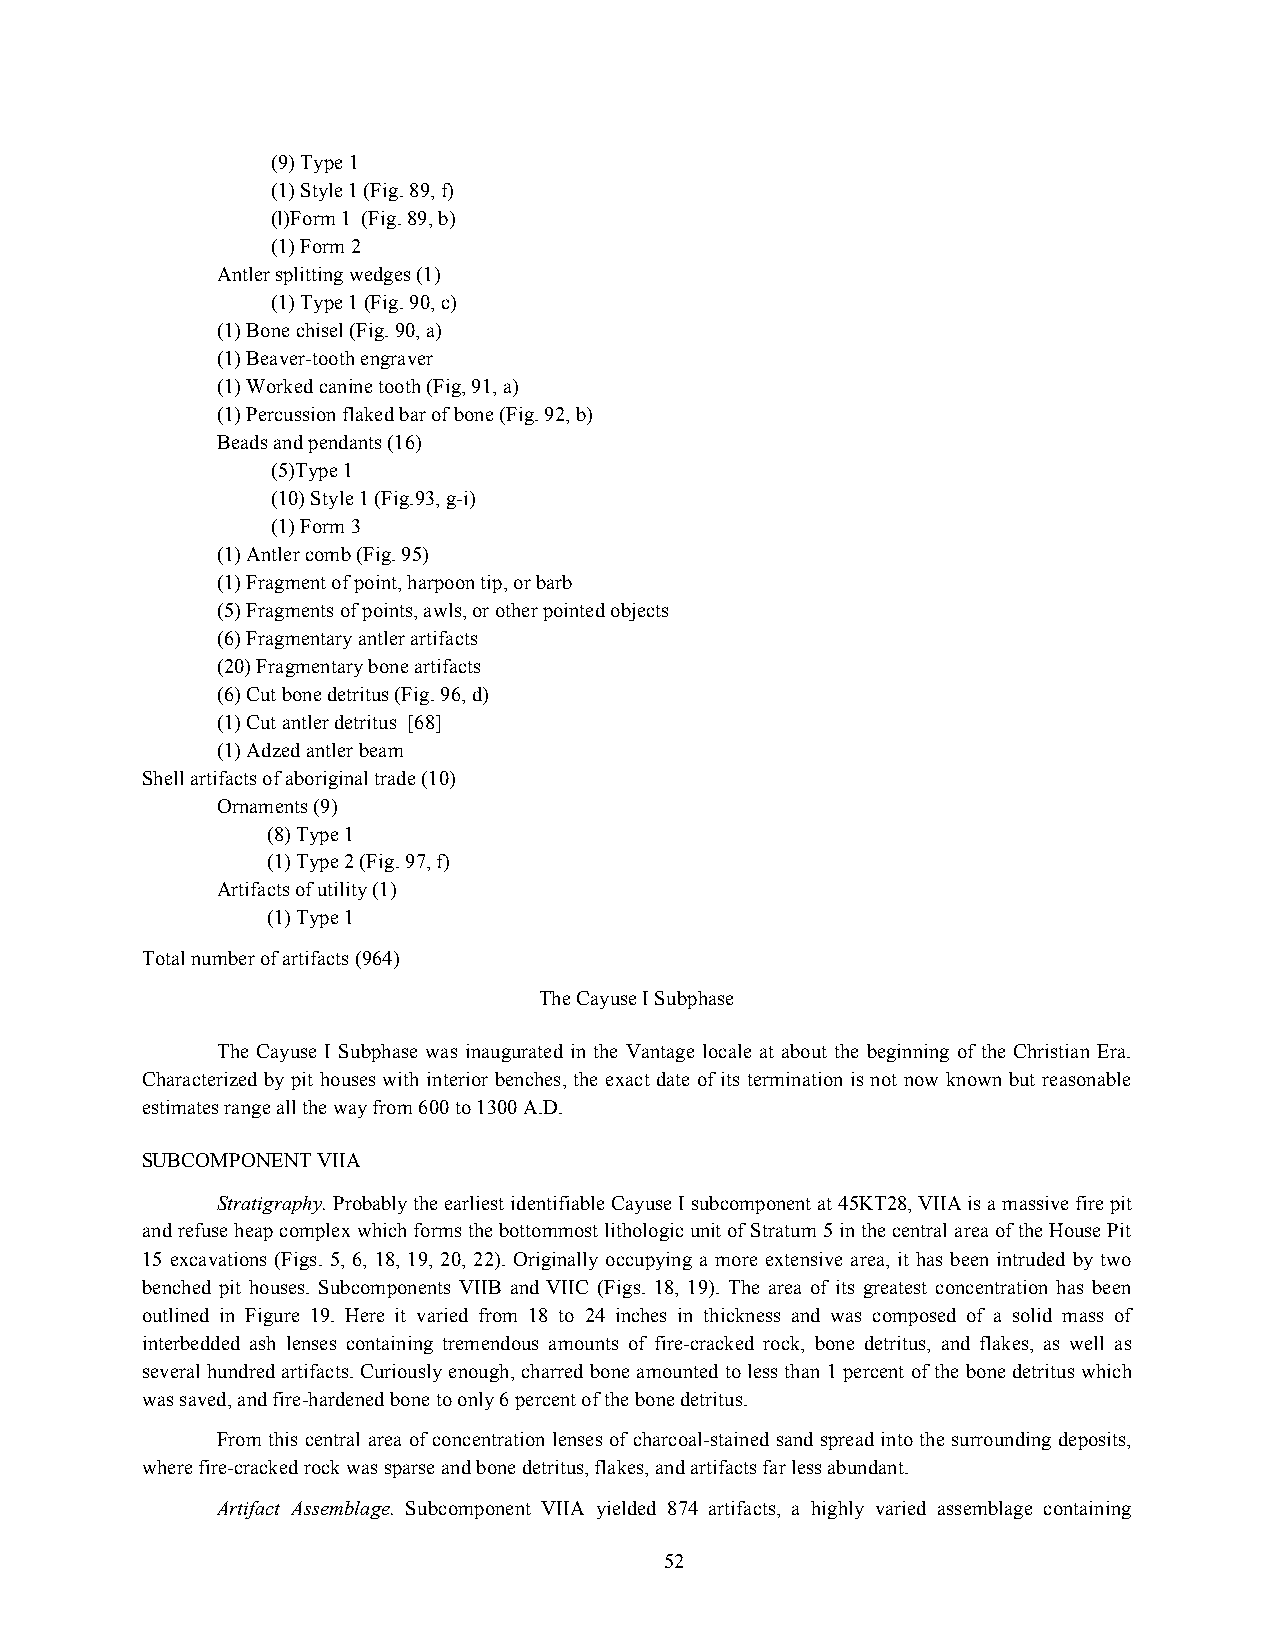
(9) Type 1
 (1) Style 1 (Fig. 89, f)
 (l)Form 1 (Fig. 89, b)
 (1) Form 2
 Antler splitting wedges (1)
 (1) Type 1 (Fig. 90, c)
 (1) Bone chisel (Fig. 90, a)
 (1) Beaver-tooth engraver
 (1) Worked canine tooth (Fig, 91, a)
 (1) Percussion flaked bar of bone (Fig. 92, b)
 Beads and pendants (16)
 (5)Type 1
 (10) Style 1 (Fig.93, g-i)
 (1) Form 3
 (1) Antler comb (Fig. 95)
 (1) Fragment of point, harpoon tip, or barb
 (5) Fragments of points, awls, or other pointed objects
 (6) Fragmentary antler artifacts
 (20) Fragmentary bone artifacts
 (6) Cut bone detritus (Fig. 96, d)
 (1) Cut antler detritus [68]
 (1) Adzed antler beam
 Shell artifacts of aboriginal trade (10)
 Ornaments (9)
 (8) Type 1
 (1) Type 2 (Fig. 97, f)
 Artifacts of utility (1)
 (1) Type 1
 Total number of artifacts (964)
 The Cayuse I Subphase
 The Cayuse I Subphase was inaugurated in the Vantage locale at about the beginning of the Christian Era.
 Characterized by pit houses with interior benches, the exact date of its termination is not now known but reasonable
 estimates range all the way from 600 to 1300 A.D.
 SUBCOMPONENT VIIA
 Stratigraphy. Probably the earliest identifiable Cayuse I subcomponent at 45KT28, VIIA is a massive fire pit
 and refuse heap complex which forms the bottommost lithologic unit of Stratum 5 in the central area of the House Pit
 15 excavations (Figs. 5, 6, 18, 19, 20, 22). Originally occupying a more extensive area, it has been intruded by two
 benched pit houses. Subcomponents VIIB and VIIC (Figs. 18, 19). The area of its greatest concentration has been
 outlined in Figure 19. Here it varied from 18 to 24 inches in thickness and was composed of a solid mass of
 interbedded ash lenses containing tremendous amounts of fire-cracked rock, bone detritus, and flakes, as well as
 several hundred artifacts. Curiously enough, charred bone amounted to less than 1 percent of the bone detritus which
 was saved, and fire-hardened bone to only 6 percent of the bone detritus.
 From this central area of concentration lenses of charcoal-stained sand spread into the surrounding deposits,
 where fire-cracked rock was sparse and bone detritus, flakes, and artifacts far less abundant.
 Artifact Assemblage. Subcomponent VIIA yielded 874 artifacts, a highly varied assemblage containing
 52